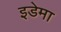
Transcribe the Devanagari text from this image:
इडेमा